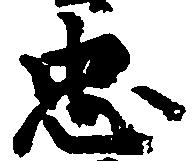
忠